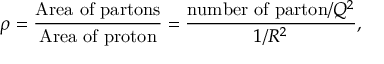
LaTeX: \rho = \frac { \mathrm { A r e a ~ o f ~ p a r t o n s } } { \mathrm { A r e a ~ o f ~ p r o t o n } } = \frac { \mathrm { n u m b e r ~ o f ~ p a r t o n } / Q ^ { 2 } } { 1 / R ^ { 2 } } ,